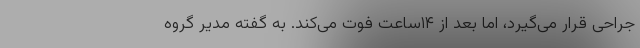
جراحی قرار می‌گیرد، اما بعد از ١۴ساعت فوت می‌کند. به گفته مدیر گروه